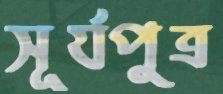
সূর্যপুত্র